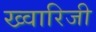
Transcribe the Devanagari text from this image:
ख्वारिजी